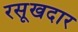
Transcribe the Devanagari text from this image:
रसूखदार